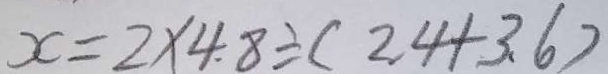
x = 2 \times 4 . 8 \div ( 2 . 4 + 3 . 6 )